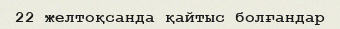
22 желтоқсанда қайтыс болғандар